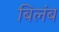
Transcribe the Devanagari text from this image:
बिलंब